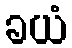
ခယံ